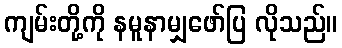
ကျမ်းတို့ကို နမူနာမျှဖော်ပြ လိုသည်။